65_HS1-834228961_62-HQ-83894_Section_4
Agency: FBI
Page 146
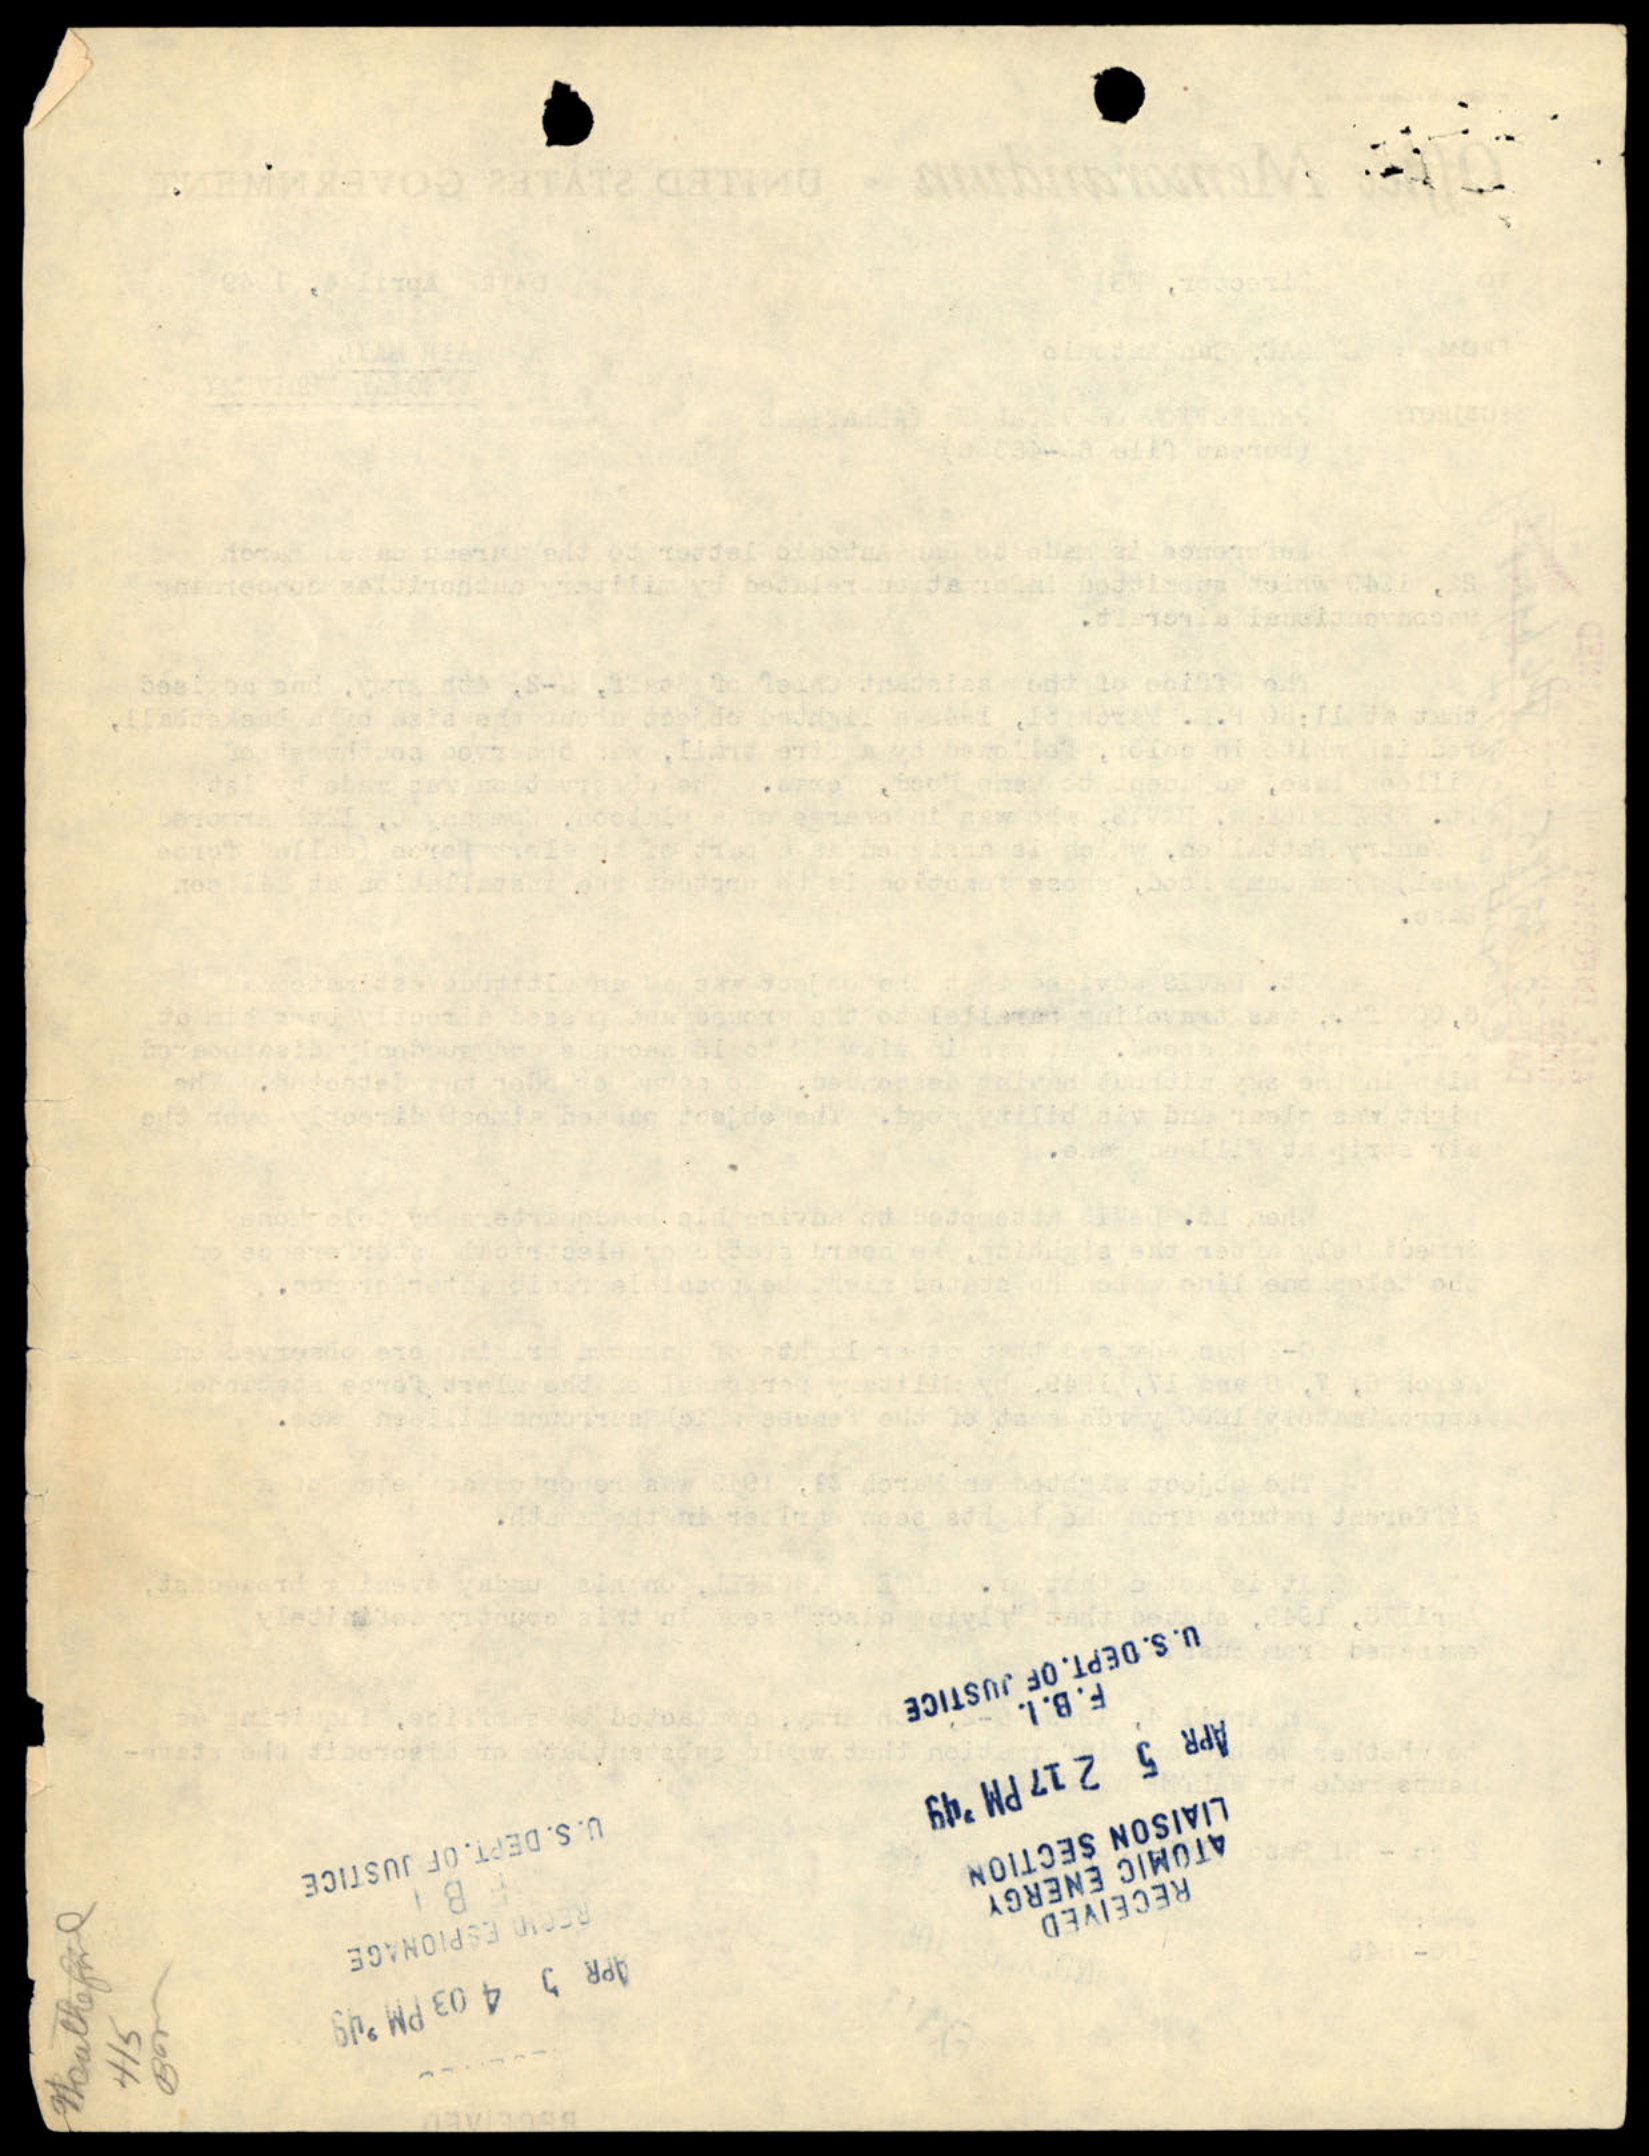